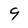
Character: 9